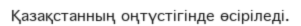
Қазақстанның оңтүстігінде өсіріледі.